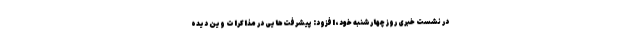
در نشست خبری روز چهارشنبه خود، افزود: پیشرفت‌هایی در مذاکرات وین دیده